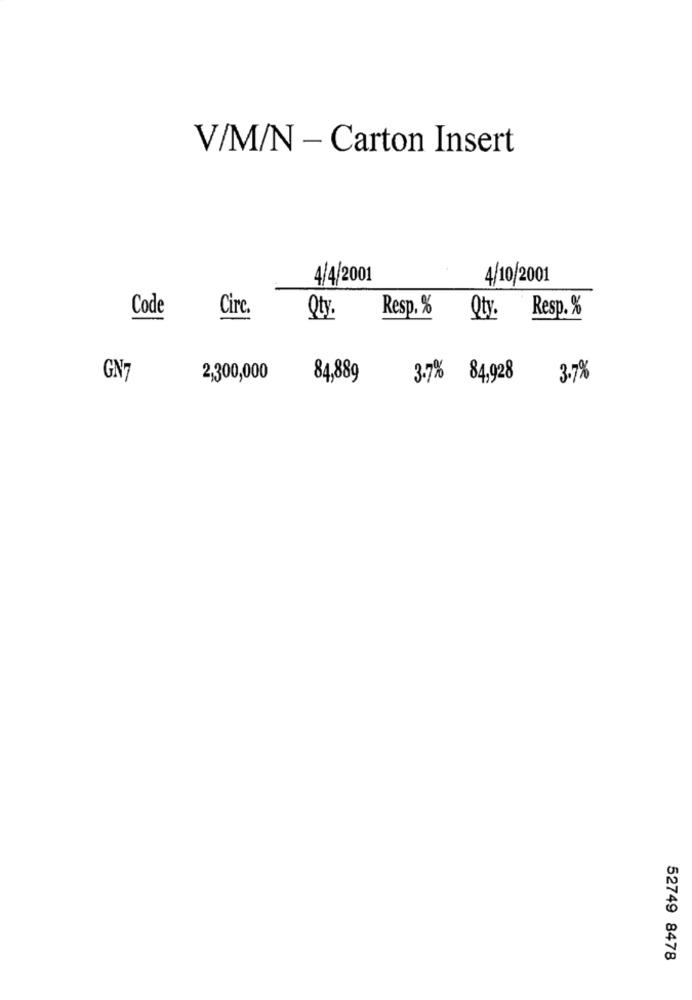
V/M/N - Carton Insert
4/4/2001
4/10/2001
Code
Circ.
Resp. %
Qty.
Qty.
Resp.%
GN7
2,300,000
84,889
3.7% 84,928
3.7%
52749 8478